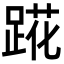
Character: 𬦷